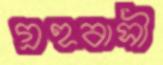
গ্রহবাসী